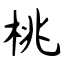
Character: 桃